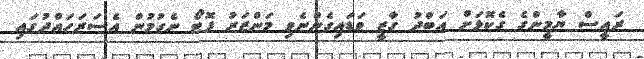
ރައީސް ޔާމީންގެ ގެކޮޅަށް އަބްދު ގާޒީ ވަޑައިގެންނެވި މަންޒަރު ފޮޓޯ ނެގުމުން އެސަރަހައްދުގައި